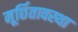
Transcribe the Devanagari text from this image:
मूर्छितावस्था